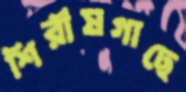
শিরীষগাছে